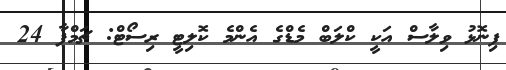
ފިނޮޅު ވިލާސް އަކީ ކްލަބް މެޑްގެ އެންމެ ކޮލިޓީ ރިސޯޓް: ޗަމްޕާ 24